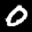
Digit: 0